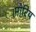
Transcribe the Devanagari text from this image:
।मोरिय